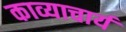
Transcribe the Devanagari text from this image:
काव्याचार्य